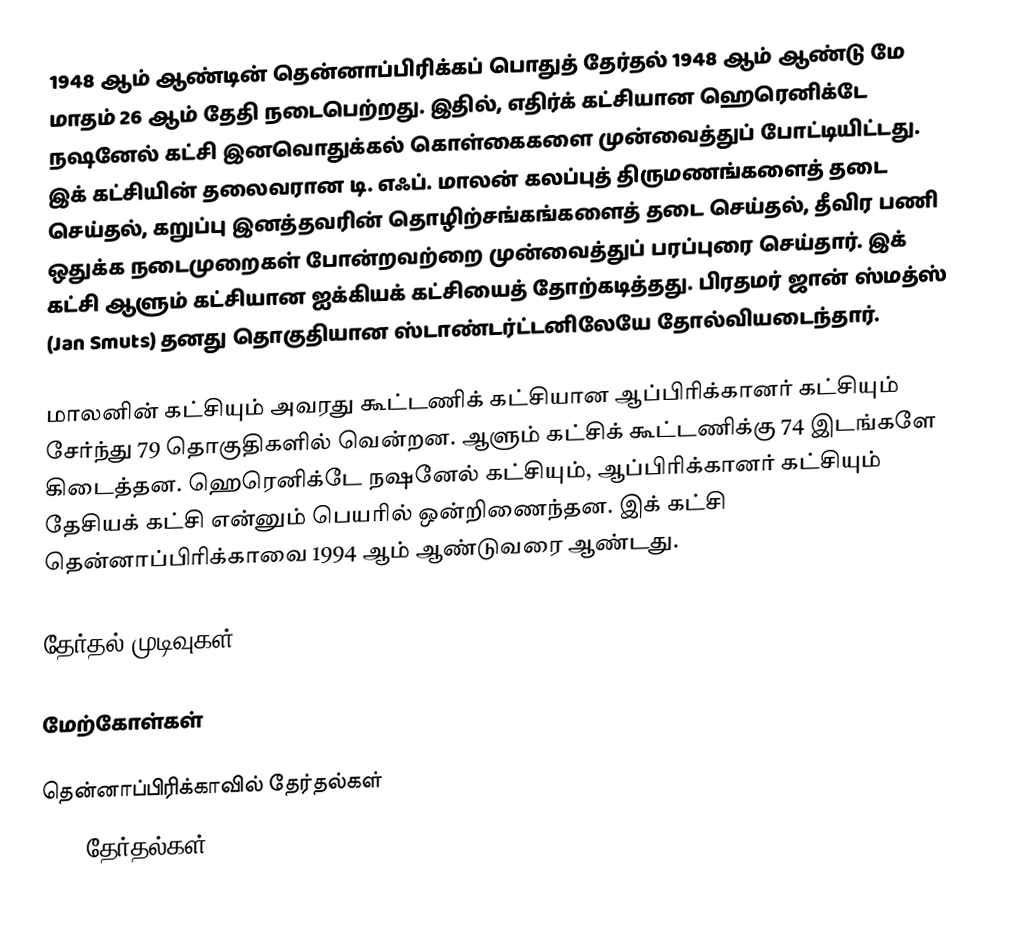
1948 ஆம் ஆண்டின் தென்னாப்பிரிக்கப் பொதுத் தேர்தல் 1948 ஆம் ஆண்டு மே மாதம் 26 ஆம் தேதி நடைபெற்றது. இதில், எதிர்க் கட்சியான ஹெரெனிக்டே நஷனேல் கட்சி இனவொதுக்கல் கொள்கைகளை முன்வைத்துப் போட்டியிட்டது. இக் கட்சியின் தலைவரான டி. எஃப். மாலன் கலப்புத் திருமணங்களைத் தடை செய்தல், கறுப்பு இனத்தவரின் தொழிற்சங்கங்களைத் தடை செய்தல், தீவிர பணி ஒதுக்க நடைமுறைகள் போன்றவற்றை முன்வைத்துப் பரப்புரை செய்தார். இக் கட்சி ஆளும் கட்சியான ஐக்கியக் கட்சியைத் தோற்கடித்தது. பிரதமர் ஜான் ஸ்மத்ஸ் (Jan Smuts) தனது தொகுதியான ஸ்டாண்டர்ட்டனிலேயே தோல்வியடைந்தார்.

மாலனின் கட்சியும் அவரது கூட்டணிக் கட்சியான ஆப்பிரிக்கானர் கட்சியும் சேர்ந்து 79 தொகுதிகளில் வென்றன. ஆளும் கட்சிக் கூட்டணிக்கு 74 இடங்களே கிடைத்தன. ஹெரெனிக்டே நஷனேல் கட்சியும், ஆப்பிரிக்கானர் கட்சியும் தேசியக் கட்சி என்னும் பெயரில் ஒன்றிணைந்தன. இக் கட்சி தென்னாப்பிரிக்காவை 1994 ஆம் ஆண்டுவரை ஆண்டது.

தேர்தல் முடிவுகள்:

மேற்கோள்கள்

தென்னாப்பிரிக்காவில் தேர்தல்கள்
1948 தேர்தல்கள்